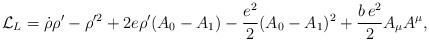
LaTeX: \begin{align*}{\cal L}_L=\dot \rho \rho '-\rho '^2 +2e\rho '(A_0-A_1)-{{e^2}\over 2}(A_0-A_1)^2 +\frac{b\,e^2}{2}A_\mu A^\mu,\end{align*}